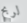
لربح